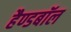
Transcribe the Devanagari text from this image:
हैण्डबॉल